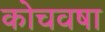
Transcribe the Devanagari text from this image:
कोचवषा